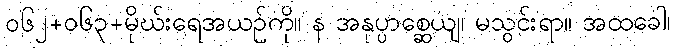
ဝ၆၂+၀၆၃+မိုဃ်းရေအယဉ်ကို။ န အနုပ္ပာစ္ဆေယျ၊ မသွင်းရာ။ အထခေါ၊